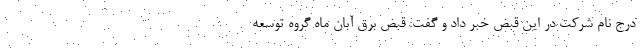
درج نام شرکت در این قبض خبر داد و گفت: قبض برق آبان ماه گروه توسعه